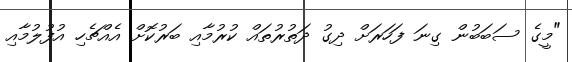
"މީގެ ސަބަބުން ގިނަ ފަހަރަށް ދިގު ދަތުރުތައް ކުރުމާއި ބަރުކޮށް އެއްޗެހި އުފުލުމާއި